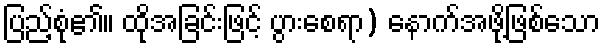
ပြည့်စုံ၏။ ထိုအခြင်းဖြင့် ပွားစေရာ) နောက်အဖို့ဖြစ်သော